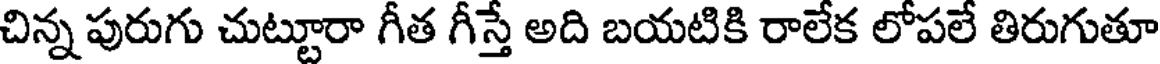
చిన్న పురుగు చుట్టూరా గీత గీస్తే అది బయటికి రాలేక లోపలే తిరుగుతూ